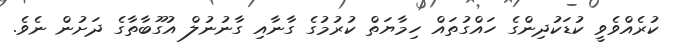
ކުރެއްވެވީ ކުޑަކުދިންގެ ހައްގުތައް ހިމާޔަތް ކުރުމުގެ ގާނާއި ގާނުނުލް އުގޫބާތާގެ ދަށުން ނެވެ.